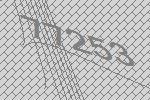
77253